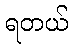
ရတယ်